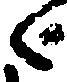
々